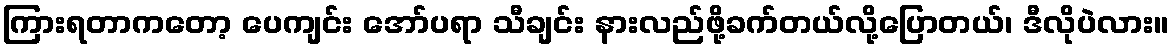
ကြားရတာကတော့ ပေကျင်း အော်ပရာ သီချင်း နားလည်ဖို့ခက်တယ်လို့ပြောတယ်၊ ဒီလိုပဲလား။